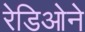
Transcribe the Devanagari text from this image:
रेडिओने